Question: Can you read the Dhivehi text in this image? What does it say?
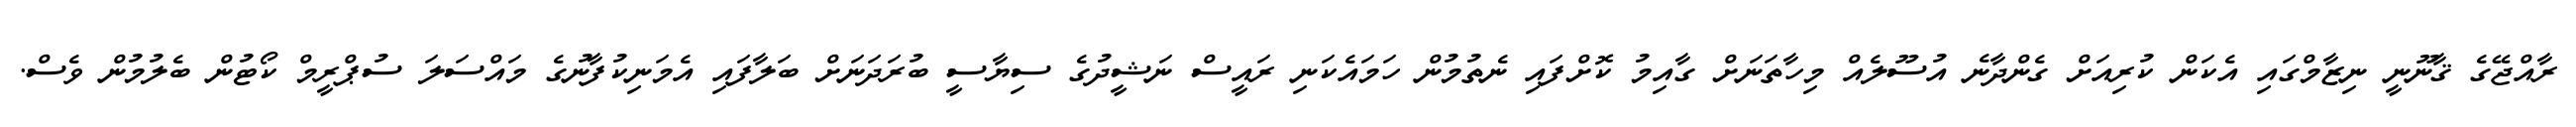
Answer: ރާއްޖޭގެ ޤާނޫނީ ނިޒާމްގައި އެކަން ކުރިއަށް ގެންދާނެ އުސޫލެއް މިހާތަނަށް ގާއިމު ކޮށްފައި ނެތުމުން ހަމައެކަނި ރައީސް ނަޝީދުގެ ސިޔާސީ ބުރަދަނަށް ބަލާފައި އެމަނިކުފާނުގެ މައްސަލަ ސުޕްރީމް ކޯޓުން ބެލުމުން ވެސް.